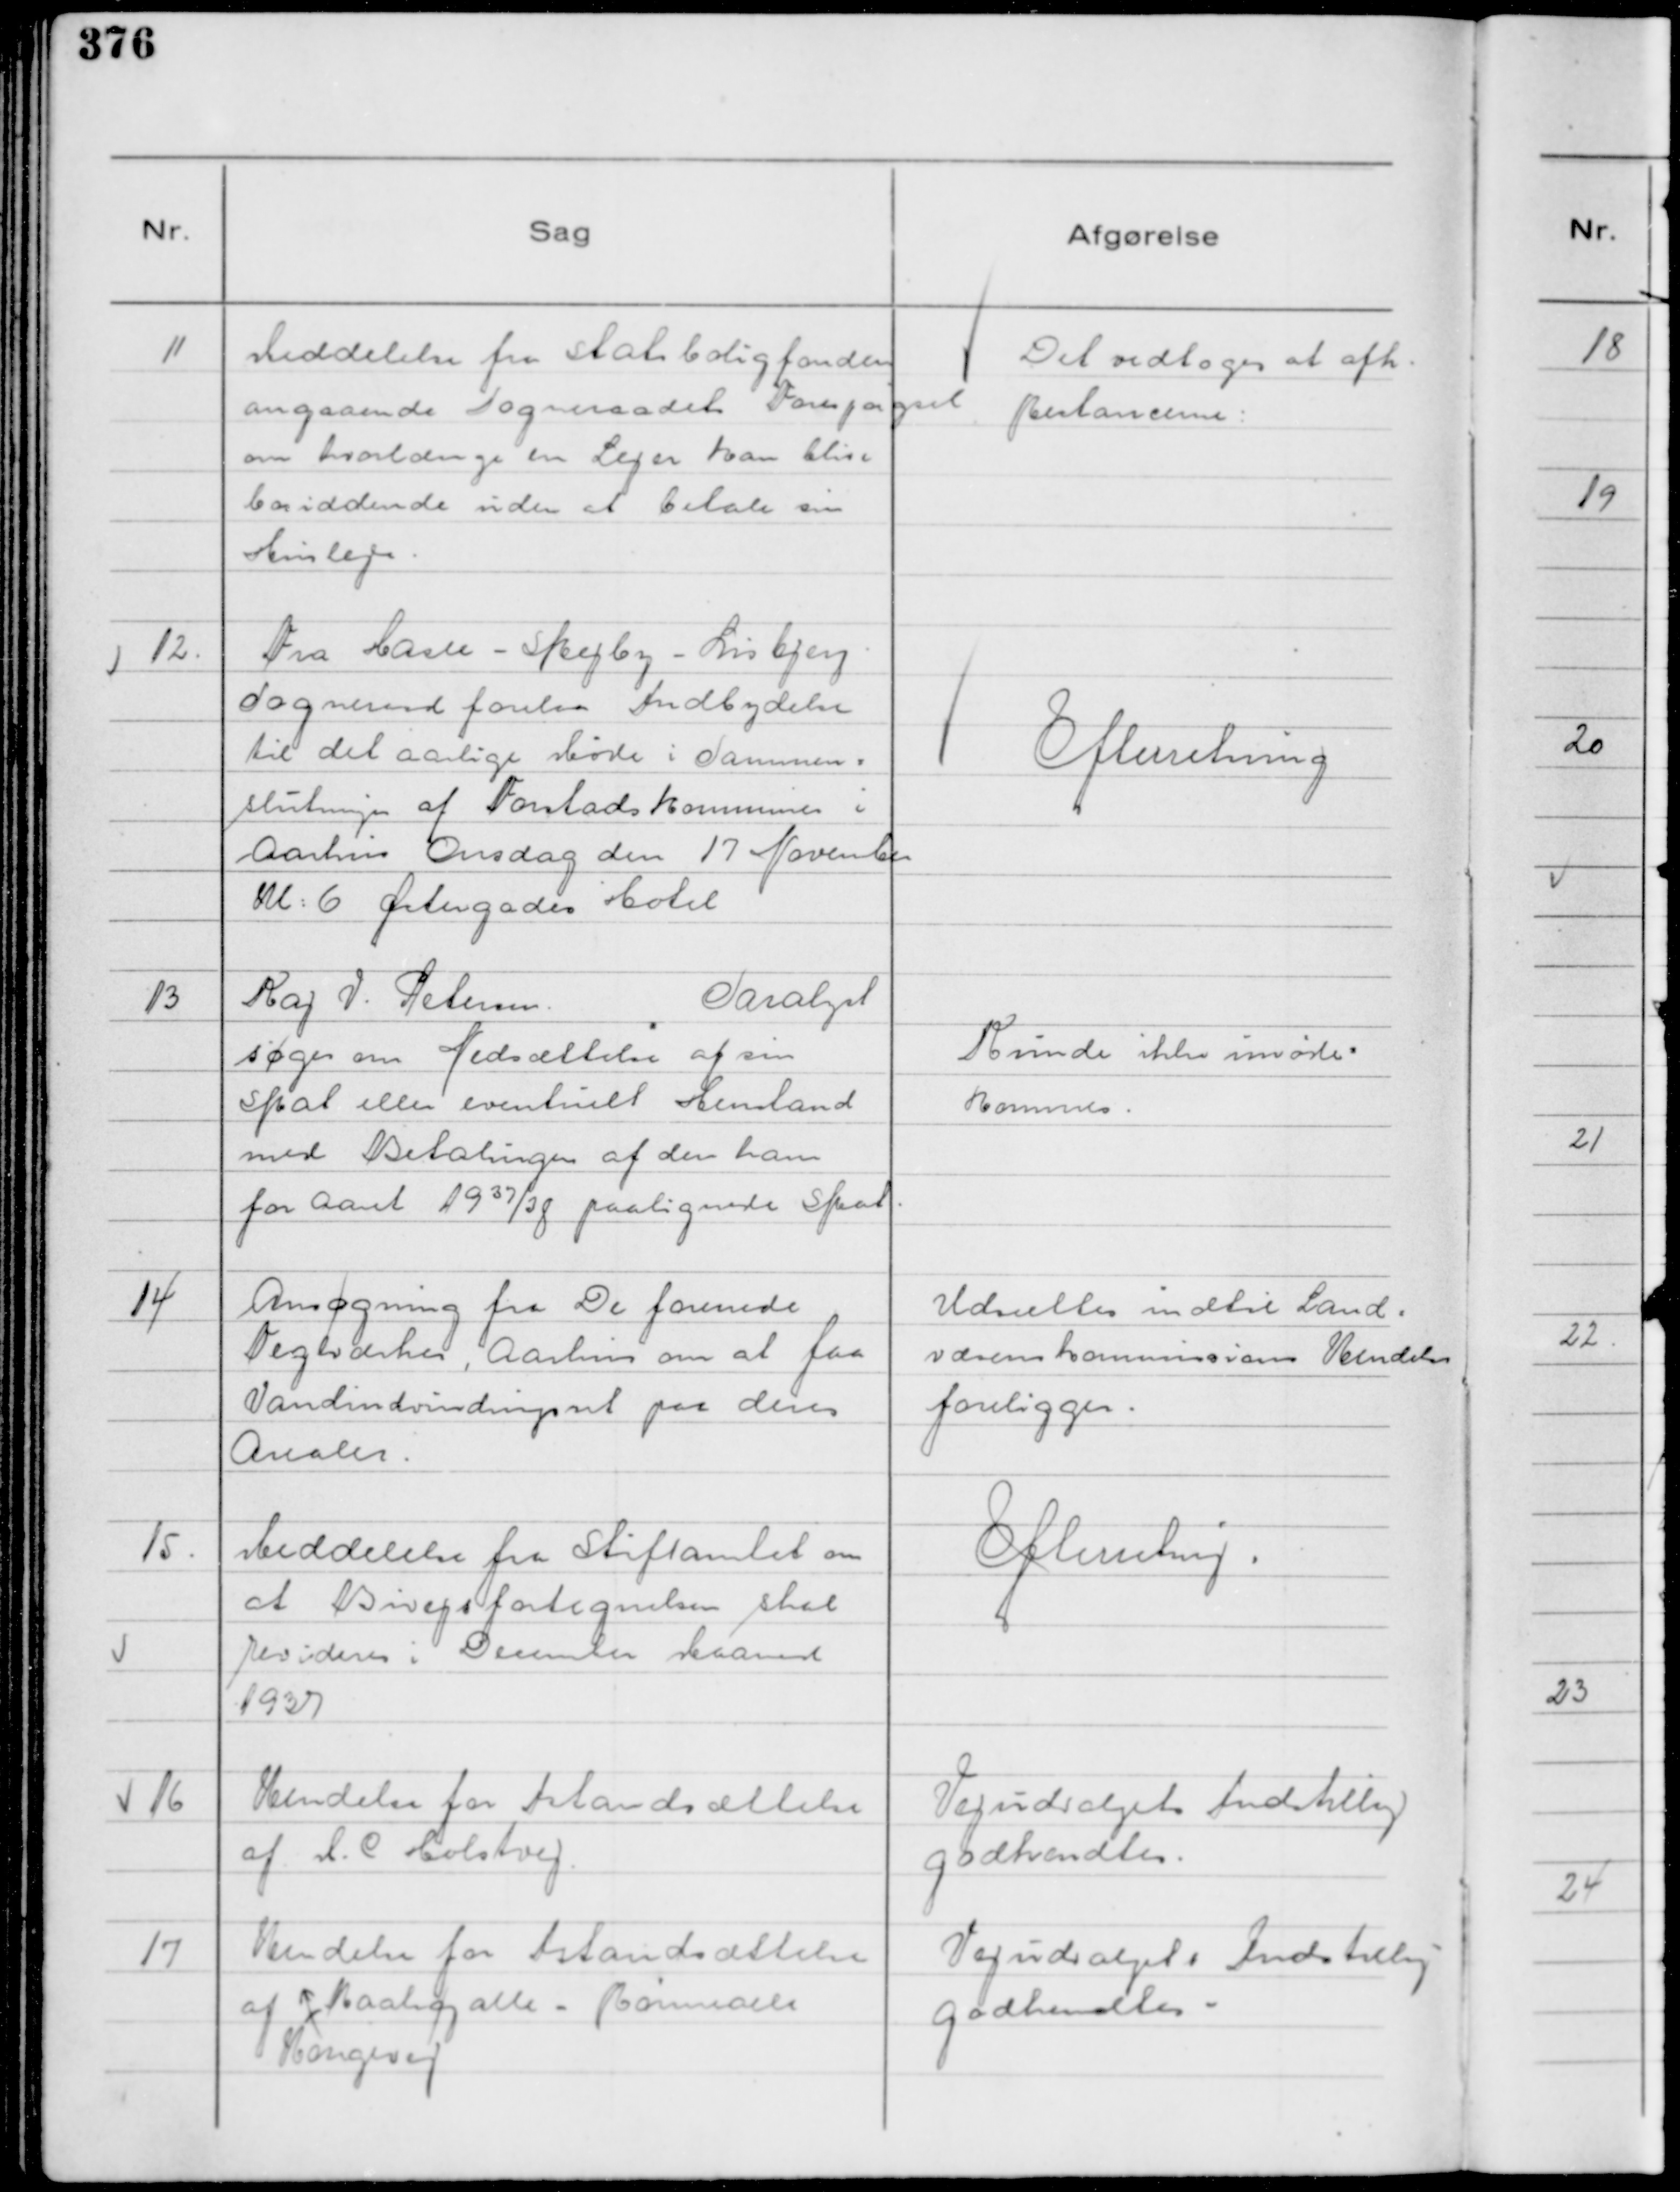
Transskription:
11
Meddelelse fra Statsboligfonden
angaaende Sogneraadets Forespørgsel
om hvorlænge en Lejer kan blive
bosiddende uden at betale sin
Husleje.

Det vedtoges at afk.
Restancerne:

12.
Fra Hasle - Skejby - Lisbjerg
Sogneraad forelaa Indbydelse
til det aarlige Møde i Sammen=
slutningen af Forstadskommuner i
Aarhus Onsdag den 17 November
Kl: 6 Østergades Hotel

Efterretning

13
Kaj V. Petersen.
Saralyst
søger om Nedsættelse af sin
Skat eller eventuelt Henstand
med Betalingen af den ham
for Aaret 1937/38 paalignede Skat

Kunde ikke imøde=
kommes.

14
Ansøgning fra De forenede
Teglværker, Aarhus om at faa
Vandindvindingsret paa deres
Arealer.

Udsættes indtil Land=
væsenskommissions Kendelse
foreligger.

15.
Meddelelse fra Stiftamtet om
at Bivejsfortegnelsen skal
revideres i December Maaned
1937

Efterretning.

16
Kendelse for Istandsættelse
af M. C Holstvej.

Vejudvalgets Indstillng
godkendtes.

17
Kendelse for Istandsættelse
af
Kongevej
Raahøjalle - Rønnealle

Vejudvalgets Indstillng
godkendtes.